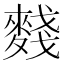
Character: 䴼